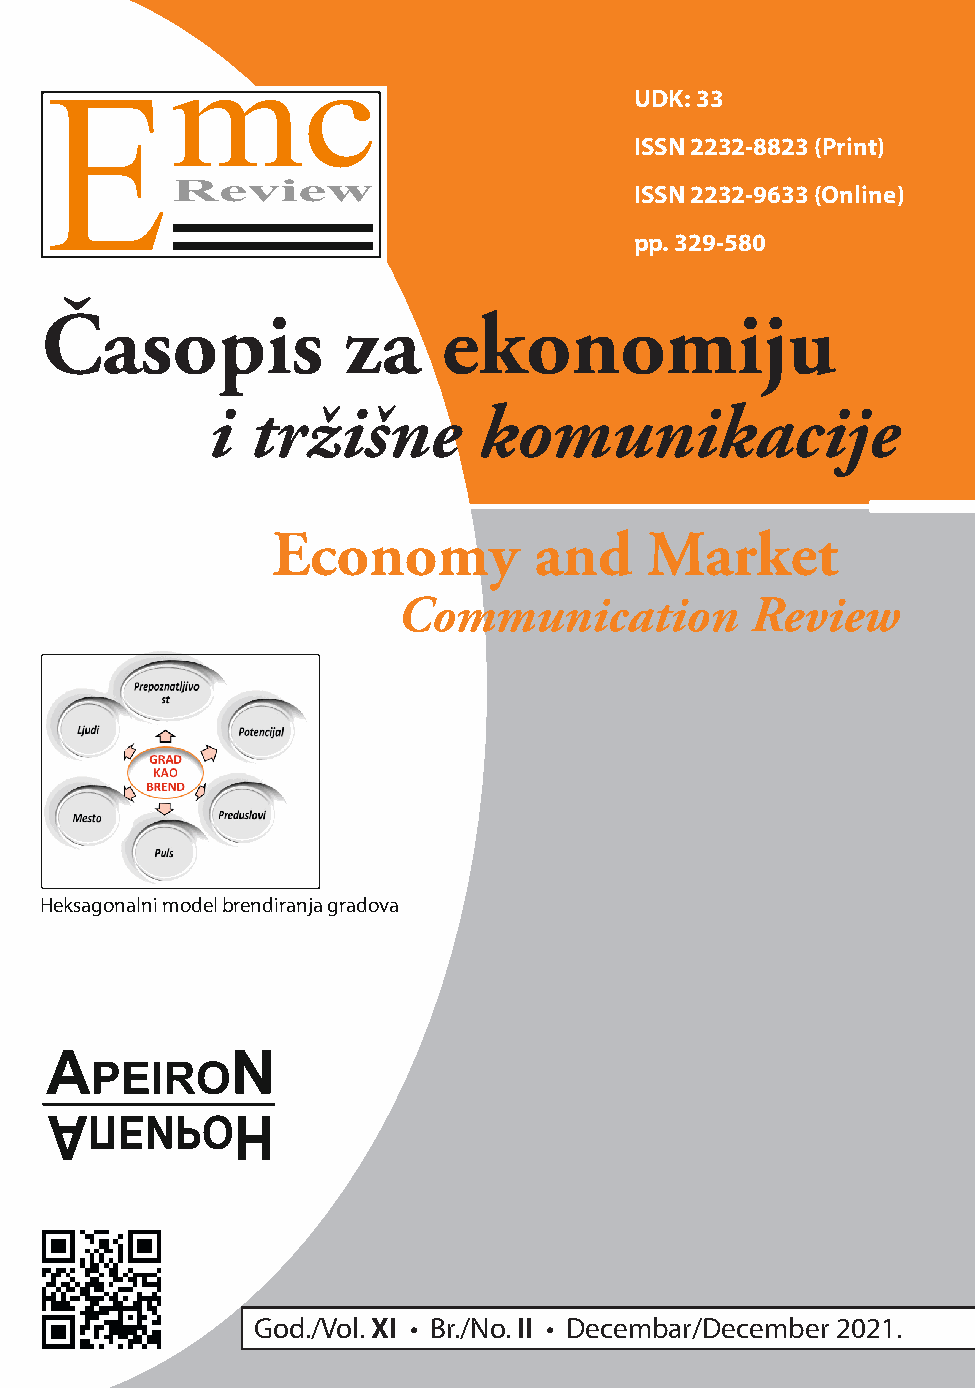
UDK: 33
 ISSN 2232-8823 (Print)
 ISSN 2232-9633 (Online)
 pp. 329-580
 Časopis             za    ekonomiju
 i  tržišne        komunikacije
 Economy          and     Market
 Communication           Review
 Heksagonalni model brendiranja gradova
 God./Vol. XI • Br./No. II • Decembar/December 2021.